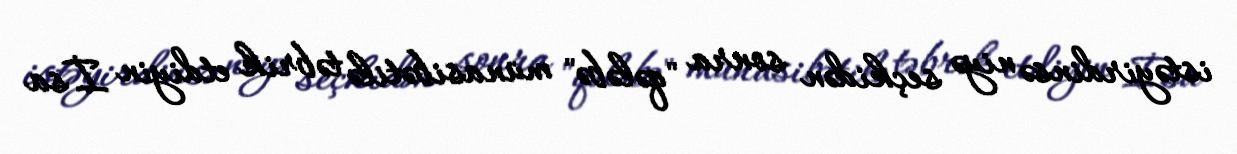
istəyirdinsə niyə seçkidən sonra "qələbə" münasibətilə təbrik etdiyin İsa